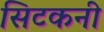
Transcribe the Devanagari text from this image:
सिटकनी